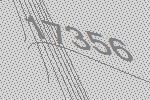
17356